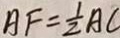
A F = \frac { 1 } { 2 } A C